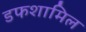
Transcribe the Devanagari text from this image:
डफशामिल